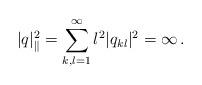
LaTeX: \begin{align*}|q_{}|_{\|}^{2}=\sum_{k,l=1}^{\infty}l^{2}|q_{kl}|^{2}=\infty\,.\end{align*}